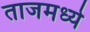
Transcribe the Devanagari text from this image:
ताजमध्ये